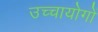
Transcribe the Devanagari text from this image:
उच्चायोगों